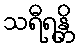
သရီရန္တိ